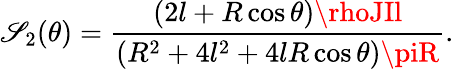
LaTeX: \mathscr{S}_{2}(\theta)=\frac{{\left(2l+R\cos\theta\right)\rhoJIl}}{{\left(R^{2}+4l^{2}+4lR\cos\theta\right)\piR}}.